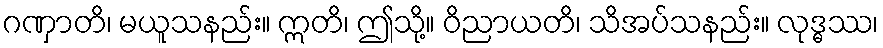
ဂဏှာတိ၊ မယူသနည်း။ ဣတိ၊ ဤသို့။ ဝိညာယတိ၊ သိအပ်သနည်း။ လုဒ္ဓဿ၊